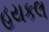
હયકલ